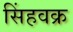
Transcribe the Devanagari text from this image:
सिंहवक्र